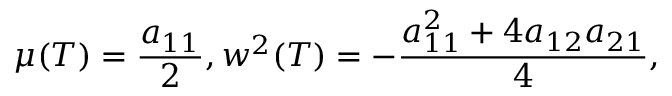
\mu ( T ) = \frac { a _ { 1 1 } } { 2 } , w ^ { 2 } ( T ) = - \frac { a _ { 1 1 } ^ { 2 } + 4 a _ { 1 2 } a _ { 2 1 } } { 4 } ,